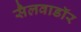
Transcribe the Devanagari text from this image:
सैलवाडॉर